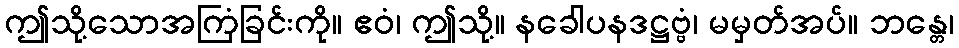
ဤသို့သောအကြံခြင်းကို။ ဧဝံ၊ ဤသို့။ နခေါပနဒဋ္ဌဗ္ဗံ၊ မမှတ်အပ်။ ဘန္တေ၊